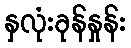
နှလုံးခုန်နှုန်း